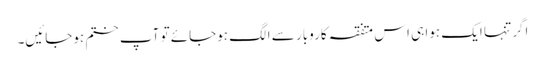
اگر تنہا ایک ہوا ہی اس متفقہ کاروبار سے الگ ہوجائے تو آپ ختم ہوجائیں۔